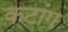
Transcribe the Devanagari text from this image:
कटांग